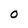
Character: 0